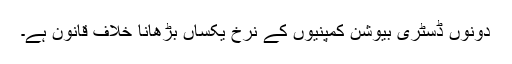
دونوں ڈسٹری بیوشن کمپنیوں کے نرخ یکساں بڑھانا خلاف قانون ہے۔